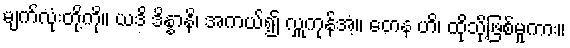
မျက်လုံးတို့ကို။ ယဒိ ဒိန္နာနိ၊ အကယ်၍ လှူကုန်အံ့။ တေန ဟိ၊ ထိုသို့ဖြစ်မူကား။